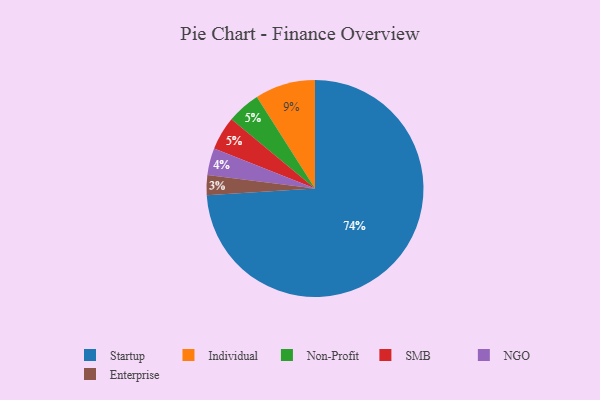
{"axis": {"x": "Category", "y": "Percentage"}, "legend": ["Enterprise", "Individual", "NGO", "Non-Profit", "SMB", "Startup"], "data": [{"x": "Startup", "y": 74, "type": "Startup"}, {"x": "Non-Profit", "y": 5, "type": "Non-Profit"}, {"x": "NGO", "y": 4, "type": "NGO"}, {"x": "SMB", "y": 5, "type": "SMB"}, {"x": "Enterprise", "y": 3, "type": "Enterprise"}, {"x": "Individual", "y": 9, "type": "Individual"}]}